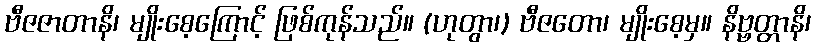
ဗီဇဇာတာနိ၊ မျိုးစေ့ကြောင့် ဖြစ်ကုန်သည်။ (ဟုတွာ၊) ဗီဇတော၊ မျိုးစေ့မှ။ နိဗ္ဗတ္တာနိ၊